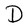
Character: D